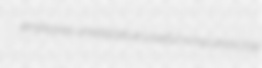
employes unretaliative loveful nonputrescible